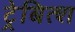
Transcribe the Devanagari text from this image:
ट्रेबित्श